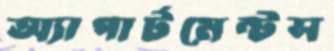
অ্যাপার্টমেন্টস